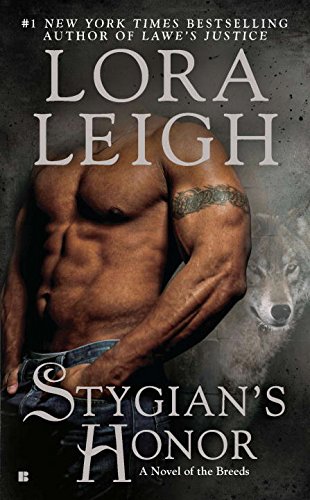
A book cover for Stygian's Honor (Breeds); Lora Leigh; Science Fiction & Fantasy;